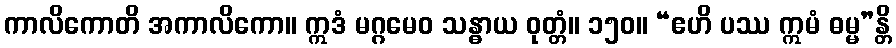
ကာလိကောတိ အကာလိကော။ ဣဒံ မဂ္ဂမေဝ သန္ဓာယ ဝုတ္တံ။ ၁၅၀။ “ဧဟိ ပဿ ဣမံ ဓမ္မ”န္တိ